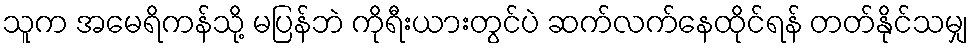
သူက အမေရိကန်သို့ မပြန်ဘဲ ကိုရီးယားတွင်ပဲ ဆက်လက်နေထိုင်ရန် တတ်နိုင်သမျှ